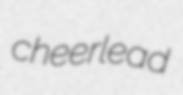
cheerlead